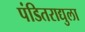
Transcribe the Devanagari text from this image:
पंडितराद्युला